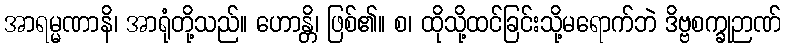
အာရမ္မဏာနိ၊ အာရုံတို့သည်။ ဟောန္တိ၊ ဖြစ်၏။ စ၊ ထိုသို့ထင်ခြင်းသို့မရောက်ဘဲ ဒိဗ္ဗစက္ခုဉာဏ်